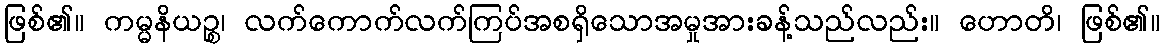
ဖြစ်၏။ ကမ္မနိယဉ္စ၊ လက်ကောက်လက်ကြပ်အစရှိသောအမှုအားခန့်သည်လည်း။ ဟောတိ၊ ဖြစ်၏။